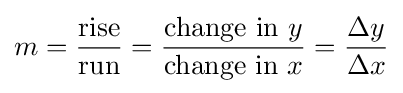
m={\frac {\text{rise}}{\text{run}}}={\frac {{\text{change in }}y}{{\text{change in }}x}}={\frac {\Delta y}{\Delta x}}